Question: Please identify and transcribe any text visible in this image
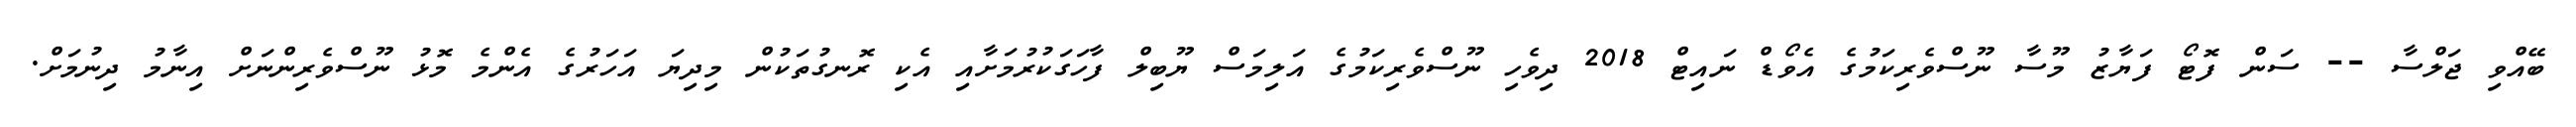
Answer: ބޭއްވި ޖަލްސާ -- ސަން ފޮޓޯ ފަޔާޒު މޫސާ ނޫސްވެރިކަމުގެ އެވޯޑް ނައިޓް 2018 ދިވެހި ނޫސްވެރިކަމުގެ އަލިމަސް ޔޫބިލް ފާހަގަކުރުމަށާއި އެކި ރޮނގުތަކުން މިދިޔަ އަހަރުގެ އެންމެ މޮޅު ނޫސްވެރިންނަށް އިނާމު ދިނުމަށް.